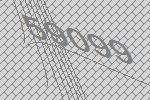
59099